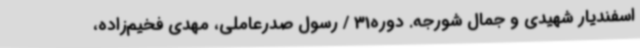
اسفندیار شهیدی و جمال شورجه. دوره31 / رسول صدرعاملی، مهدی فخیم‌زاده،